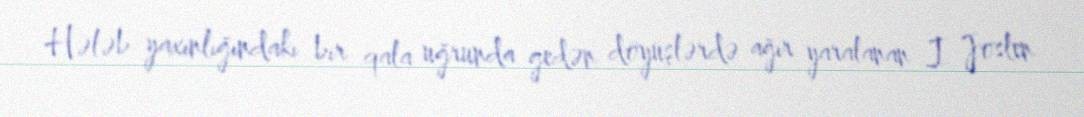
Hələb yaxınlığındakı bir qala uğrunda gedən döyüşlərdə ağır yaralanan I Joslen